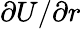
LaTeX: \partial U/\partial r